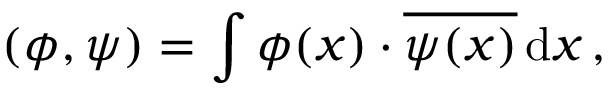
( \phi , \psi ) = \int \phi ( x ) \cdot { \overline { { \psi ( x ) } } } \, \mathrm { d } x \, ,